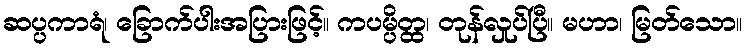
ဆပ္ပကာရံ၊ ခြောက်ပါးအပြားဖြင့်။ ကပမ္ပိတ္ထ၊ တုန်လှုပ်ပြီ။ မဟာ၊ မြတ်သော။